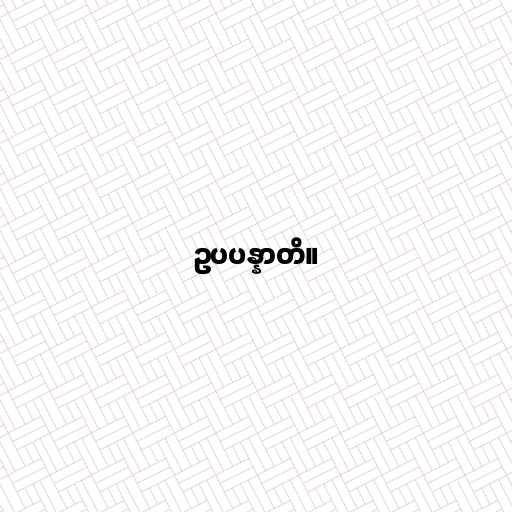
ဥပပန္နာတိ။